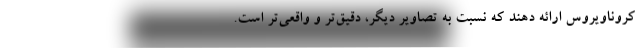
کروناویروس ارائه دهند که نسبت به تصاویر دیگر، دقیق‌تر و واقعی‌تر است.